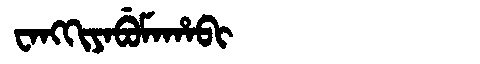
Manchu: ᠸᠠᠩᡴᡳᠶᠠᠪᡠᠮᠠᡥᠠᠪᡳ
Romanization: WANGKIYABUMAHABI